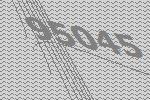
95045